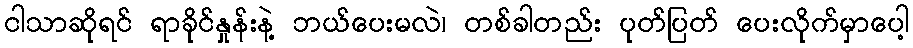
ငါသာဆိုရင် ရာခိုင်နှုန်းနဲ့ ဘယ်ပေးမလဲ၊ တစ်ခါတည်း ပုတ်ပြတ် ပေးလိုက်မှာပေါ့